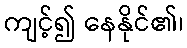
ကျင့်၍ နေနိုင်၏၊